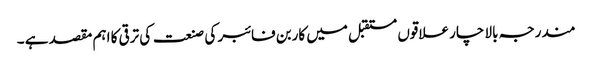
مندرجہ بالا چار علاقوں مستقبل میں کاربن فائبر کی صنعت کی ترقی کا اہم مقصد ہے ۔